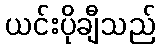
ယင်းပိုချီသည်